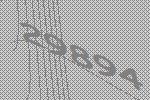
29894